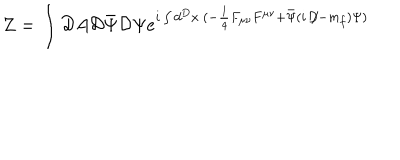
LaTeX: Z = \int { \cal D } A { \cal D } \bar { \Psi } { \cal D } \Psi e ^ { i \int d ^ { D } x \: ( - \frac { 1 } { 4 } F _ { \mu \nu } F ^ { \mu \nu } + \bar { \Psi } ( i \: \not \! D - m _ { f } ) \Psi ) }